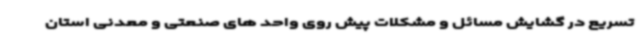
تسریع در گشایش مسائل و مشکلات پیش روی واحد های صنعتی و معدنی استان